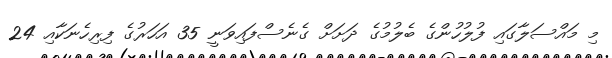
މި މައްސަލާގައި ފުލުހުންގެ ބެލުމުގެ ދަށަަށް ގެނެސްފައިވަނީ 35 އަހަރުގެ ފިރިހެނަކާއި 24